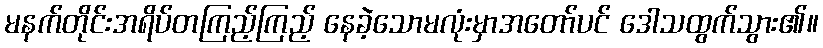
မနက်တိုင်းအရိပ်တကြည့်ကြည့် နေခဲ့သောမလုံးမှာအတော်ပင် ဒေါသထွက်သွား၏။